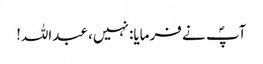
آپؐ نے فرمایا: نہیں، عبداللہ!